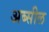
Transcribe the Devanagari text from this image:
अब्सील